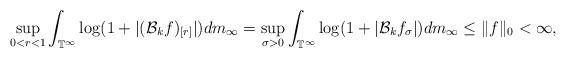
LaTeX: \begin{align*}\sup_{0<r<1}\int_{\mathbb{T}^\infty}\log(1+|(\mathcal{B}_k f)_{[r]}|)dm_\infty=\sup_{\sigma>0}\int_{\mathbb{T}^\infty}\log(1+|\mathcal{B}_k f_\sigma|)dm_\infty\leq\|f\|_0<\infty,\end{align*}